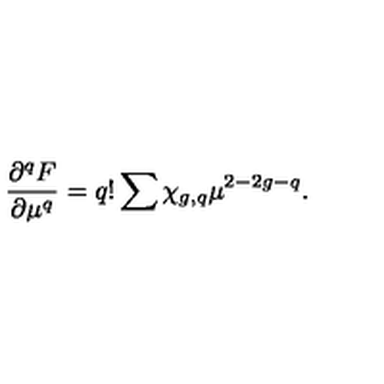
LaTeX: \frac { { \partial } ^ { q } F } { { \partial } \mu ^ { q } } = q ! \sum \chi _ { g , q } \mu ^ { 2 - 2 g - q } .